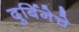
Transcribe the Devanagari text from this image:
दुर्बिनेचे